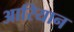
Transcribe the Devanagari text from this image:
आरियान